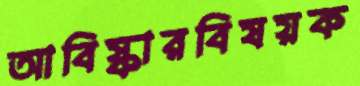
আবিষ্কারবিষয়ক